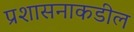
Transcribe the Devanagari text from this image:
प्रशासनाकडील